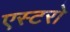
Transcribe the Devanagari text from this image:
एस्टरो